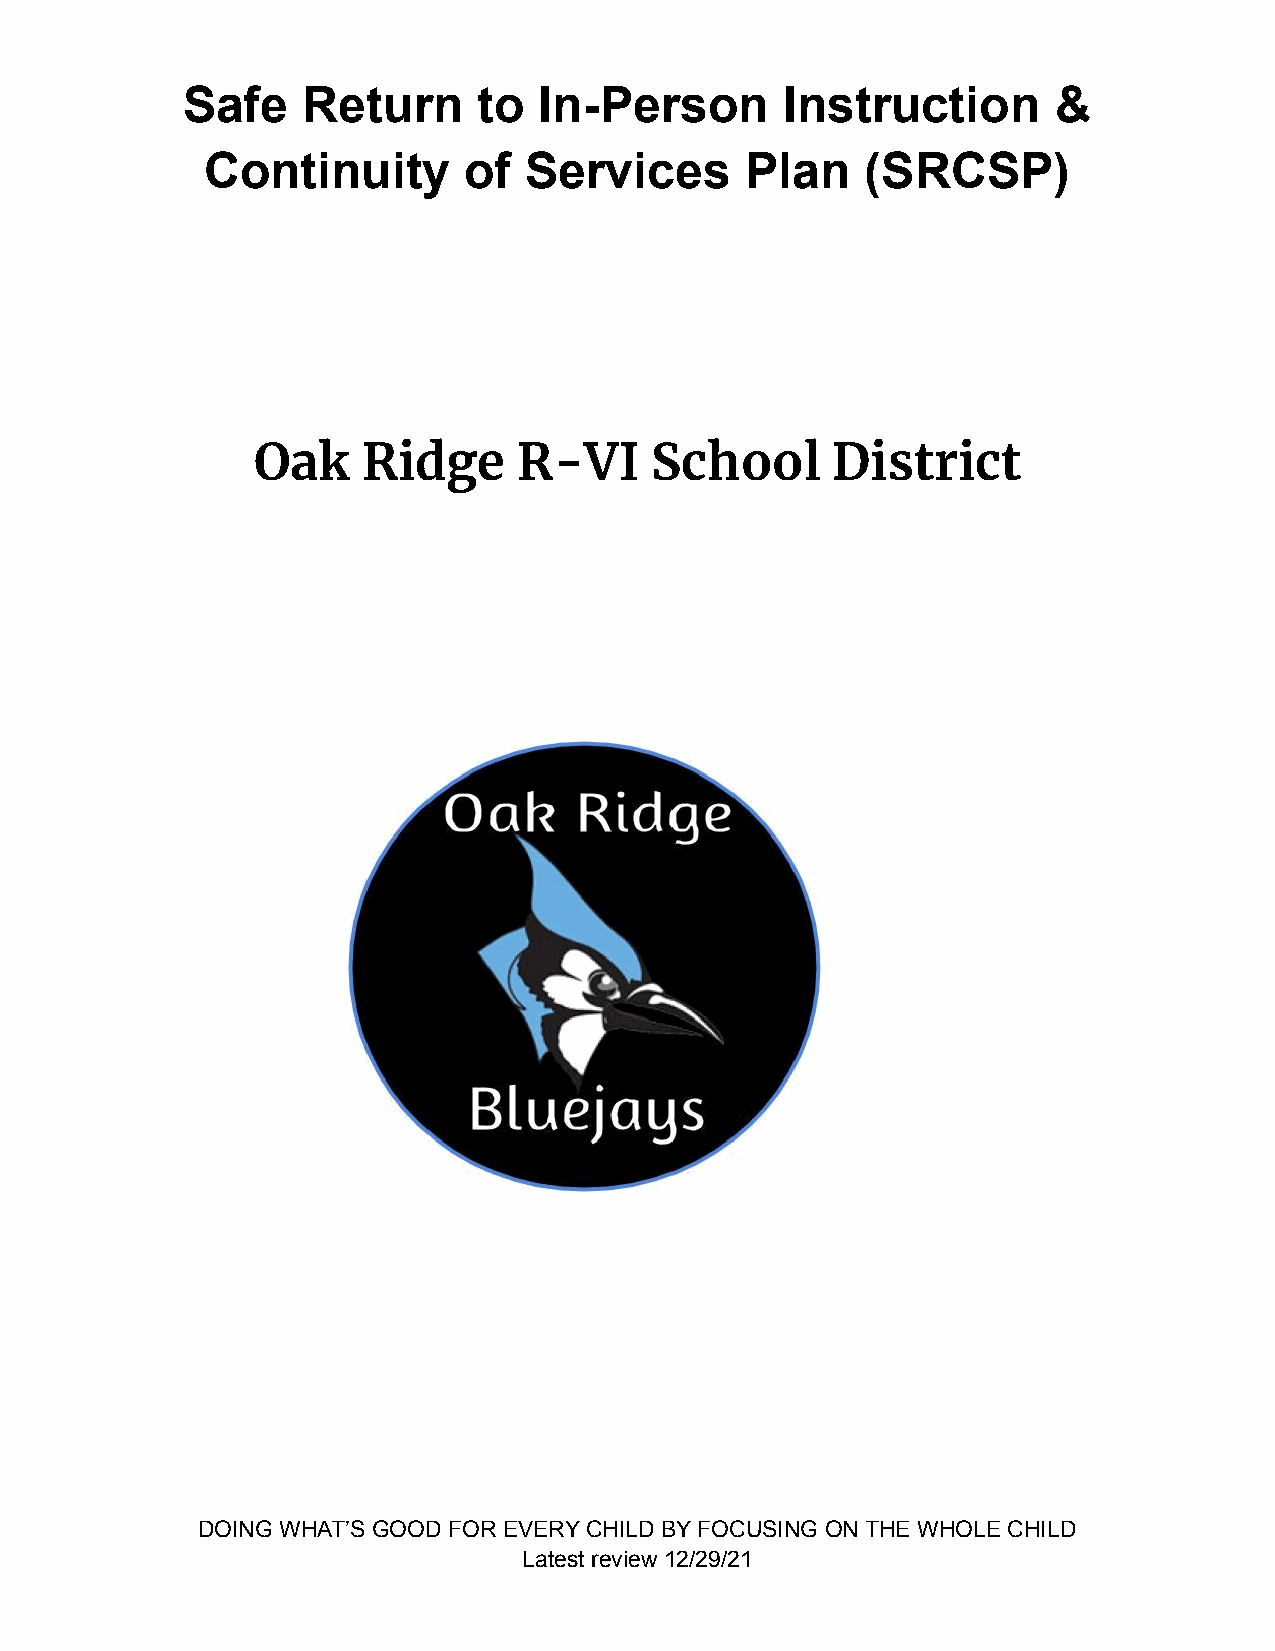
Safe    Return      to  In-Person       Instruction       &
 Continuity       of  Services      Plan    (SRCSP)
 Oak    Ridge     R-VI     School      District
 DOING WHAT’S GOOD FOR EVERY CHILD BY FOCUSING ON THE WHOLE CHILD
 Latest review 12/29/21